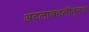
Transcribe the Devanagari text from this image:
अदलाबदलीतूनच